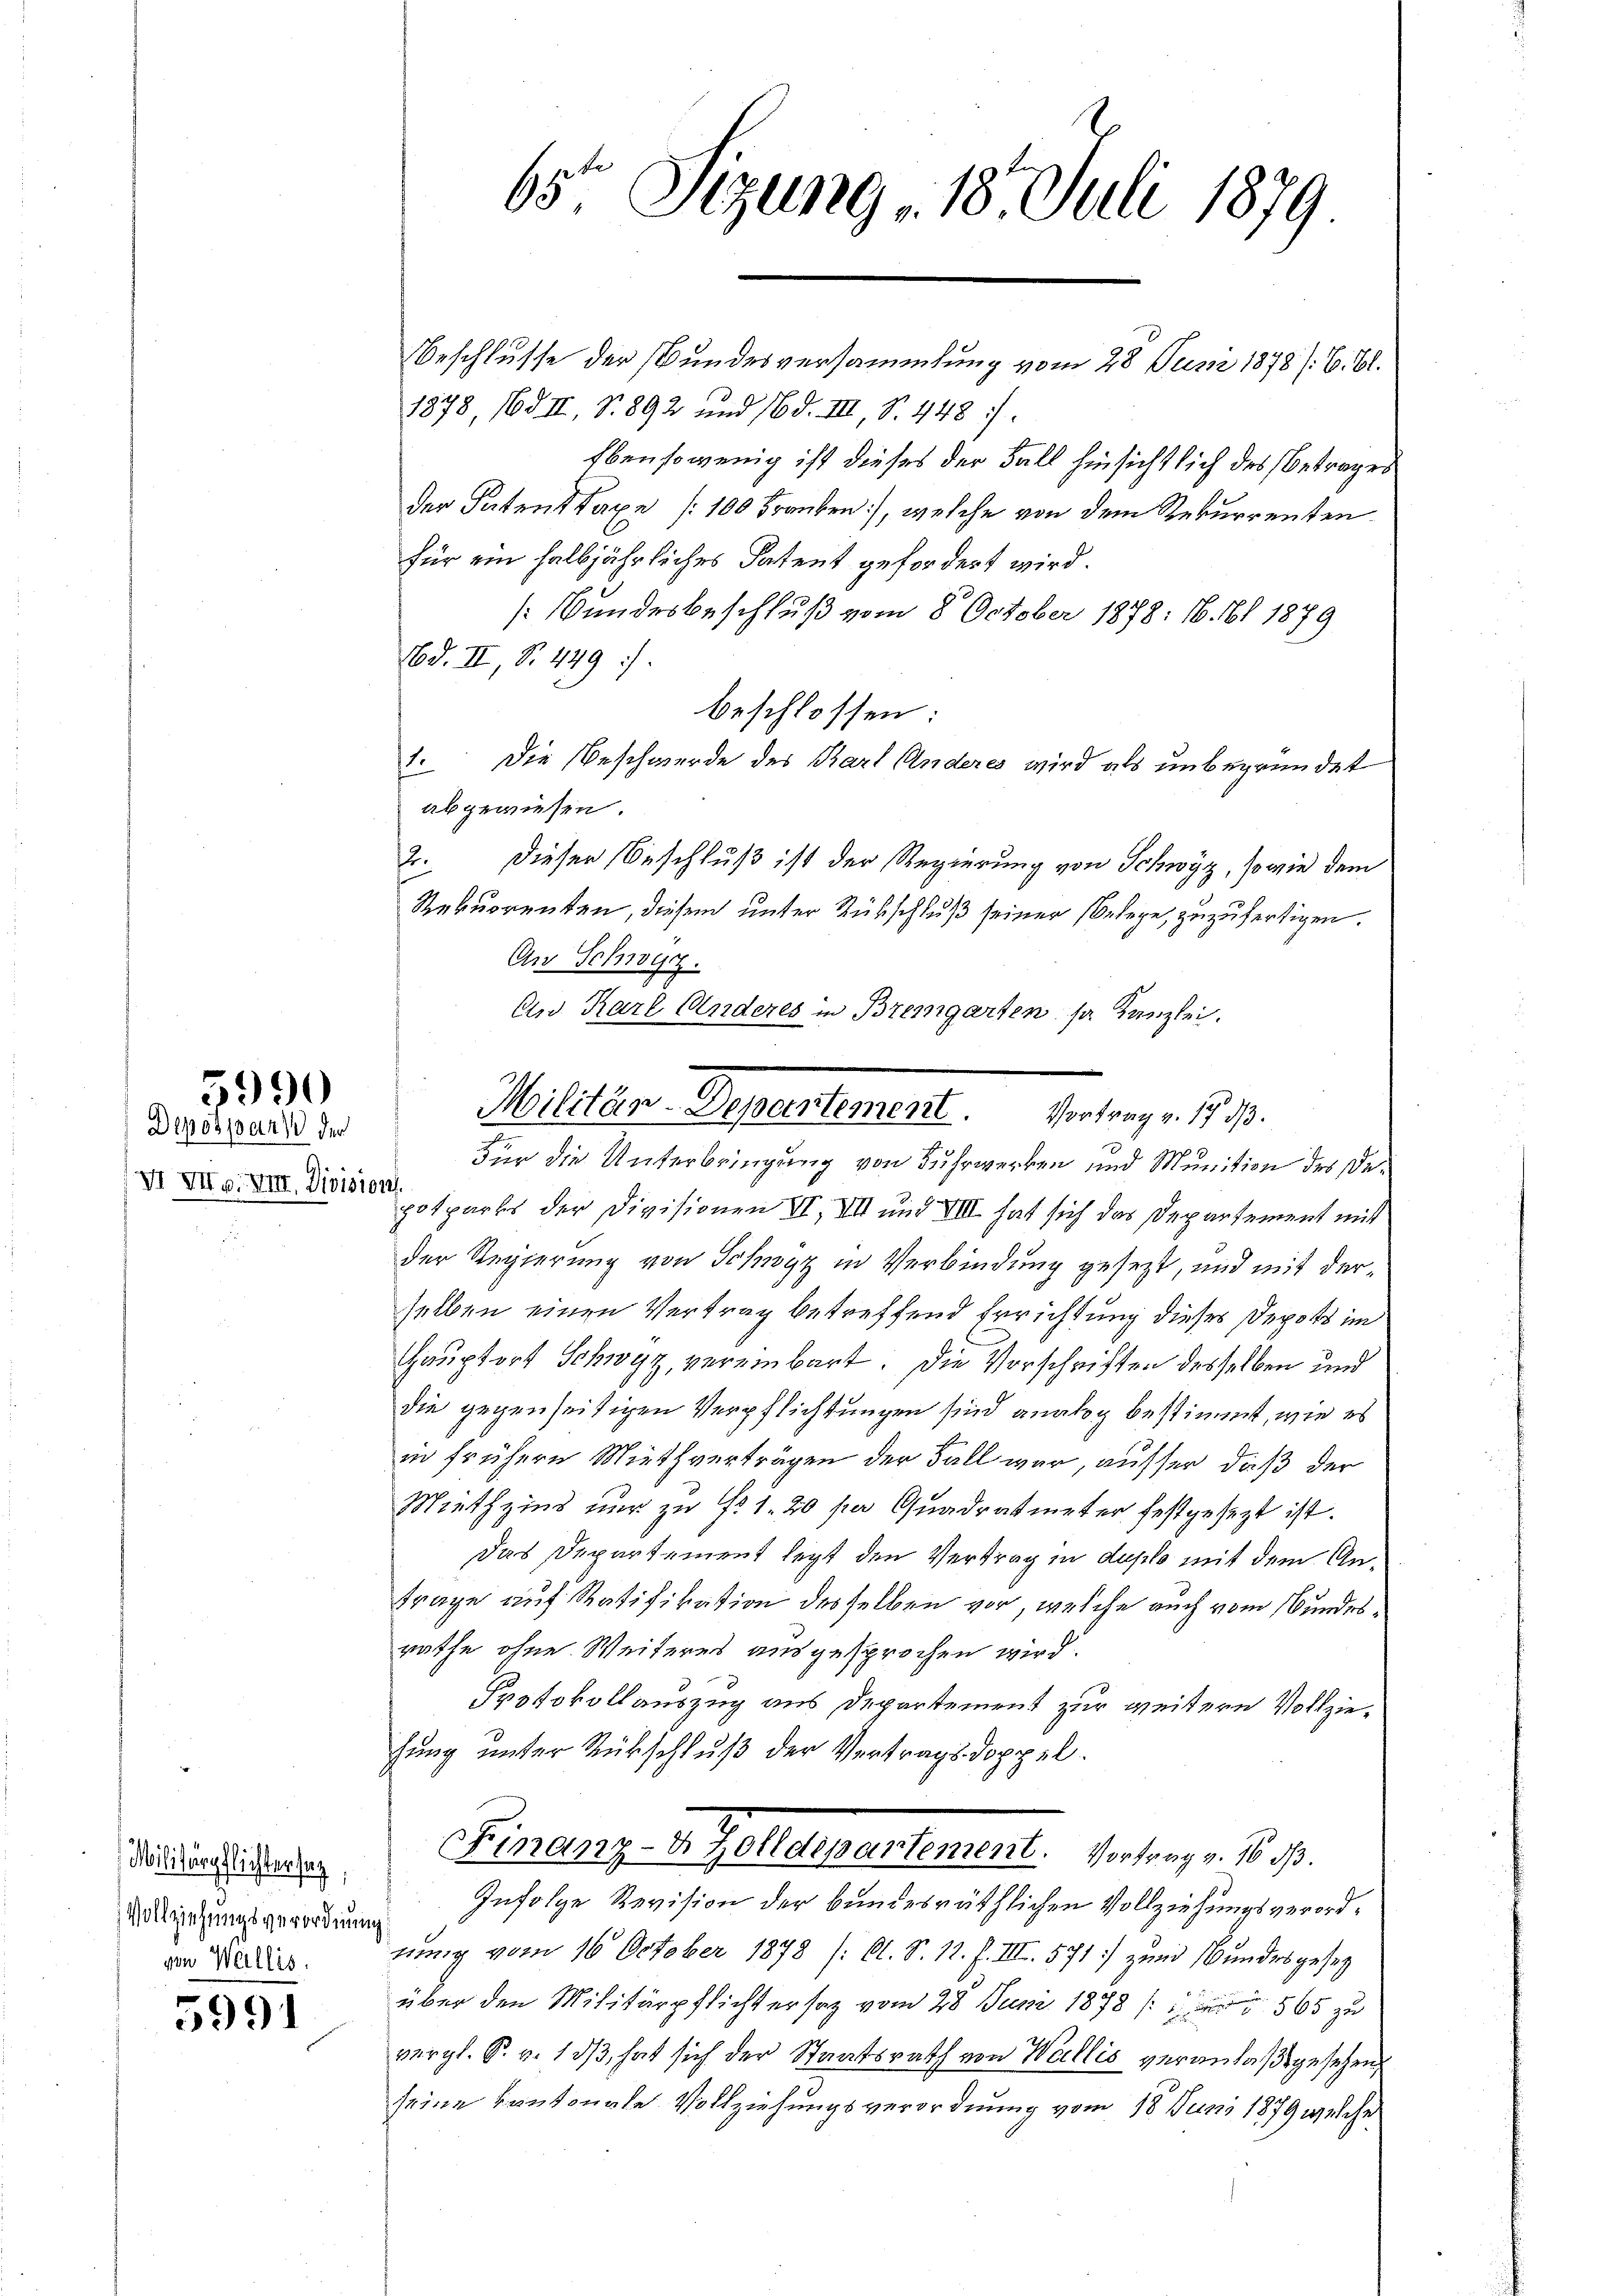
Depospar der
VI VII. Min. Divisio

5990

Militärpflichtersatz,
Vollziehungsverordnung
von Wallis.

5991

65 Sizung 18. Juli 1879
Beschlusse der Bundesversammlung vom 28 Juni 1878 /: 6. Bl.

1878, 163 II, S. 892 und 16 d. III, S. 448.
Ebensowenig ist dieses der Fall hinsichtlich des Betrages
der Patent taxe (100 Franken], welche von dem Rekurrenten
für ein halbjährliches Patent gefordert wird.
[Wundesbeschluß vom 8. October 1878: 16. 61. 1879
Bd. II, No. 449.
beschlossen:
1. Die Beschwerde des Karl Anderes wird als unbegründet
abgewiesen.
2. Dieser Beschluß ist der Regierung von Schwyz, sowie dem
Rekurrenten, diesem unter Rückschluß seiner belege, zuzufertigen.
An Schwyz.
An Karl Anderes in Bremgarten sr Kanzlei.
12.
posparts der Divisionen XI, VIII und VIII. hat sich das Departement mit
der Regierung von Schwyz in Verbindung gesezt, und mit derselben einen Vertrag betreffend Errichtung dieses Depots im
Hauptort Schwyz, vereinbart. Die Vorschriften desselben und
die gegenseitigen Verpflichtungen sind analog bestimmt, wie es
in frühere Miethverträgen der Fall war, ausser, daß der
Miethzins nur zu f. 1. 20 pa Quadratmeter festgesezt ist.
Das Departement legt den Vertrag in duplo mit dem An¬
Frage auf Ratifikation desselben vor, welche auch vom Bundesrathe ohne Weiteres ausgesprochen wird.
Protokollauszug aus Departement zur weitern Vollziehung unter Rückschluß der Vertragsdoppel.
Einanz- u. Zolldepartement. Vortrag v. 18. d.
Infolge Revision der bundesräthlichen Vollziehungsverordnung vom 16. October 1878 / Cl. S. 11. f. III. 571 zum Bundesgesetz
über den Militärpflichtersaz vom 28. Juni 1878 (565 zu
vergl. R. v. 1 dβ hat sich der Staatsrath von Wallis veranlaßt gesehen
seine Kantonale Vollziehungsverordnung vom 18. Juni 1879 welche

Militar- Repartement. Ersten . . .
.
Für die Unterbringung von Fuhrwerken und Munition des De¬